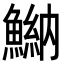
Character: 𩹾